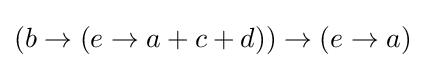
{\textstyle (b\rightarrow (e\rightarrow a+c+d))\rightarrow (e\rightarrow a)}